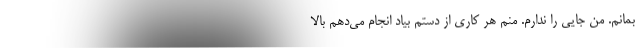
بمانم. من جایی را ندارم. منم هر کاری از دستم بیاد انجام می‌دهم بالا